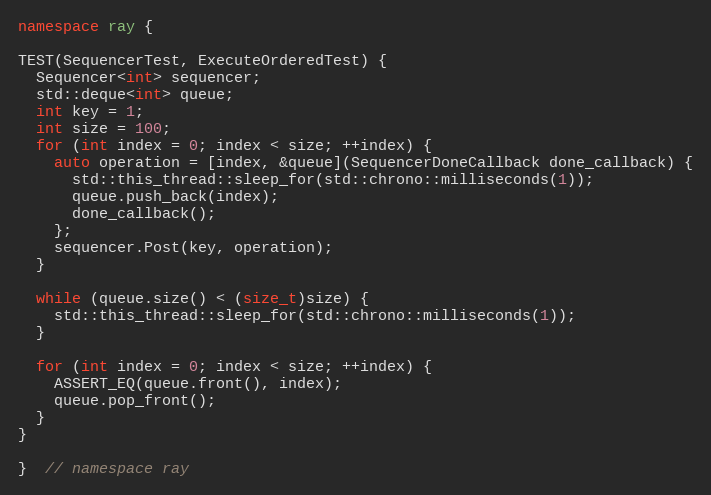
Language: C++
namespace ray {

TEST(SequencerTest, ExecuteOrderedTest) {
  Sequencer<int> sequencer;
  std::deque<int> queue;
  int key = 1;
  int size = 100;
  for (int index = 0; index < size; ++index) {
    auto operation = [index, &queue](SequencerDoneCallback done_callback) {
      std::this_thread::sleep_for(std::chrono::milliseconds(1));
      queue.push_back(index);
      done_callback();
    };
    sequencer.Post(key, operation);
  }

  while (queue.size() < (size_t)size) {
    std::this_thread::sleep_for(std::chrono::milliseconds(1));
  }

  for (int index = 0; index < size; ++index) {
    ASSERT_EQ(queue.front(), index);
    queue.pop_front();
  }
}

}  // namespace ray